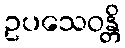
ဥပသေဝန္တိ